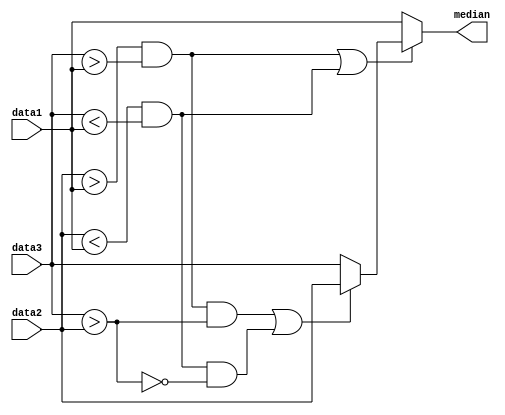
`timescale 1ns / 1ps
//////////////////////////////////////////////////////////////////////////////////
// Company:        MIT 6.111 Final Project
// 
// Module Name:    Median_3
// Project Name:   FPGA Radar Guidance
//
//////////////////////////////////////////////////////////////////////////////////

module median_3
	(input [19:0] data1,
	 input [19:0] data2,
	 input [19:0] data3,
	 output [19:0] median);
	 
	 wire min1;
	 wire max1;
	 wire comp23;
	 assign min1 = (data2 > data1) && (data3 > data1);
	 assign max1 = (data2 < data1) && (data3 < data1);
	 assign comp23 = data3 > data2;
	 
	 wire med1;
	 wire med2;
	 // if 1 is min or max not 1 else 1
	 // if 1 is min and 2<3 else if 1 is max and 3<2 then 2
	 assign med1 = !(min1 || max1);
	 assign med2 = (min1 && comp23) || (max1 && (!comp23));
	 
	 // then assign out value
	 assign median = med1 ? data1 : (med2 ? data2 : data3);
	 
endmodule